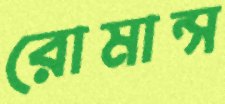
রোমান্স